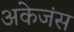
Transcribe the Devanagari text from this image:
अकेजंस